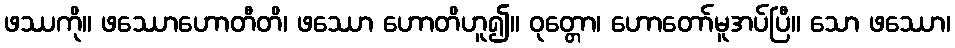
ဖဿကို။ ဖဿောဟောတီတိ၊ ဖဿော ဟောတိဟူ၍။ ဝုတ္တော၊ ဟောတော်မူအပ်ပြီ။ သော ဖဿော၊